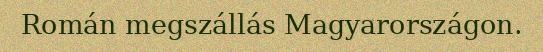
Román megszállás Magyarországon.